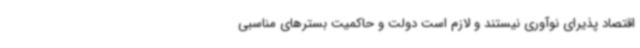
اقتصاد پذیرای نوآوری نیستند و لازم است دولت و حاکمیت بسترهای مناسبی